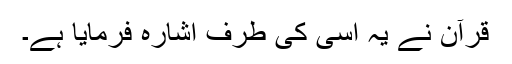
قرآن نے یہ اُسی کی طرف اشارہ فرمایا ہے۔